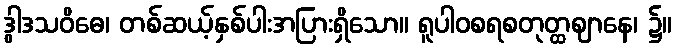
ဒွါဒသဝိဓေ၊ တစ်ဆယ့်နှစ်ပါးအပြားရှိသော။ ရူပါဝစရစတုတ္ထဈာနေ၊ ၌။